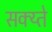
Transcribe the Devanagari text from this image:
सक्य्ते